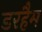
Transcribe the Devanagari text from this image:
डरहैम